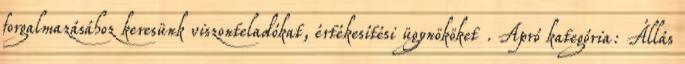
forgalmazásához keresünk viszonteladókat, értékesítési ügynököket . Apró kategória: Állás